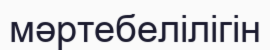
мәртебелілігін